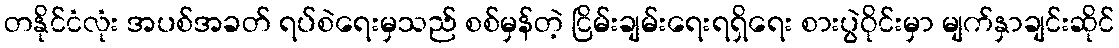
တနိုင်ငံလုံး အပစ်အခတ် ရပ်စဲရေးမှသည် စစ်မှန်တဲ့ ငြိမ်းချမ်းရေးရရှိရေး စားပွဲဝိုင်းမှာ မျက်နှာချင်းဆိုင်